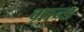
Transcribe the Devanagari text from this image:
ग्रान्ड